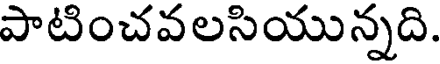
పాటించవలసియున్నది.